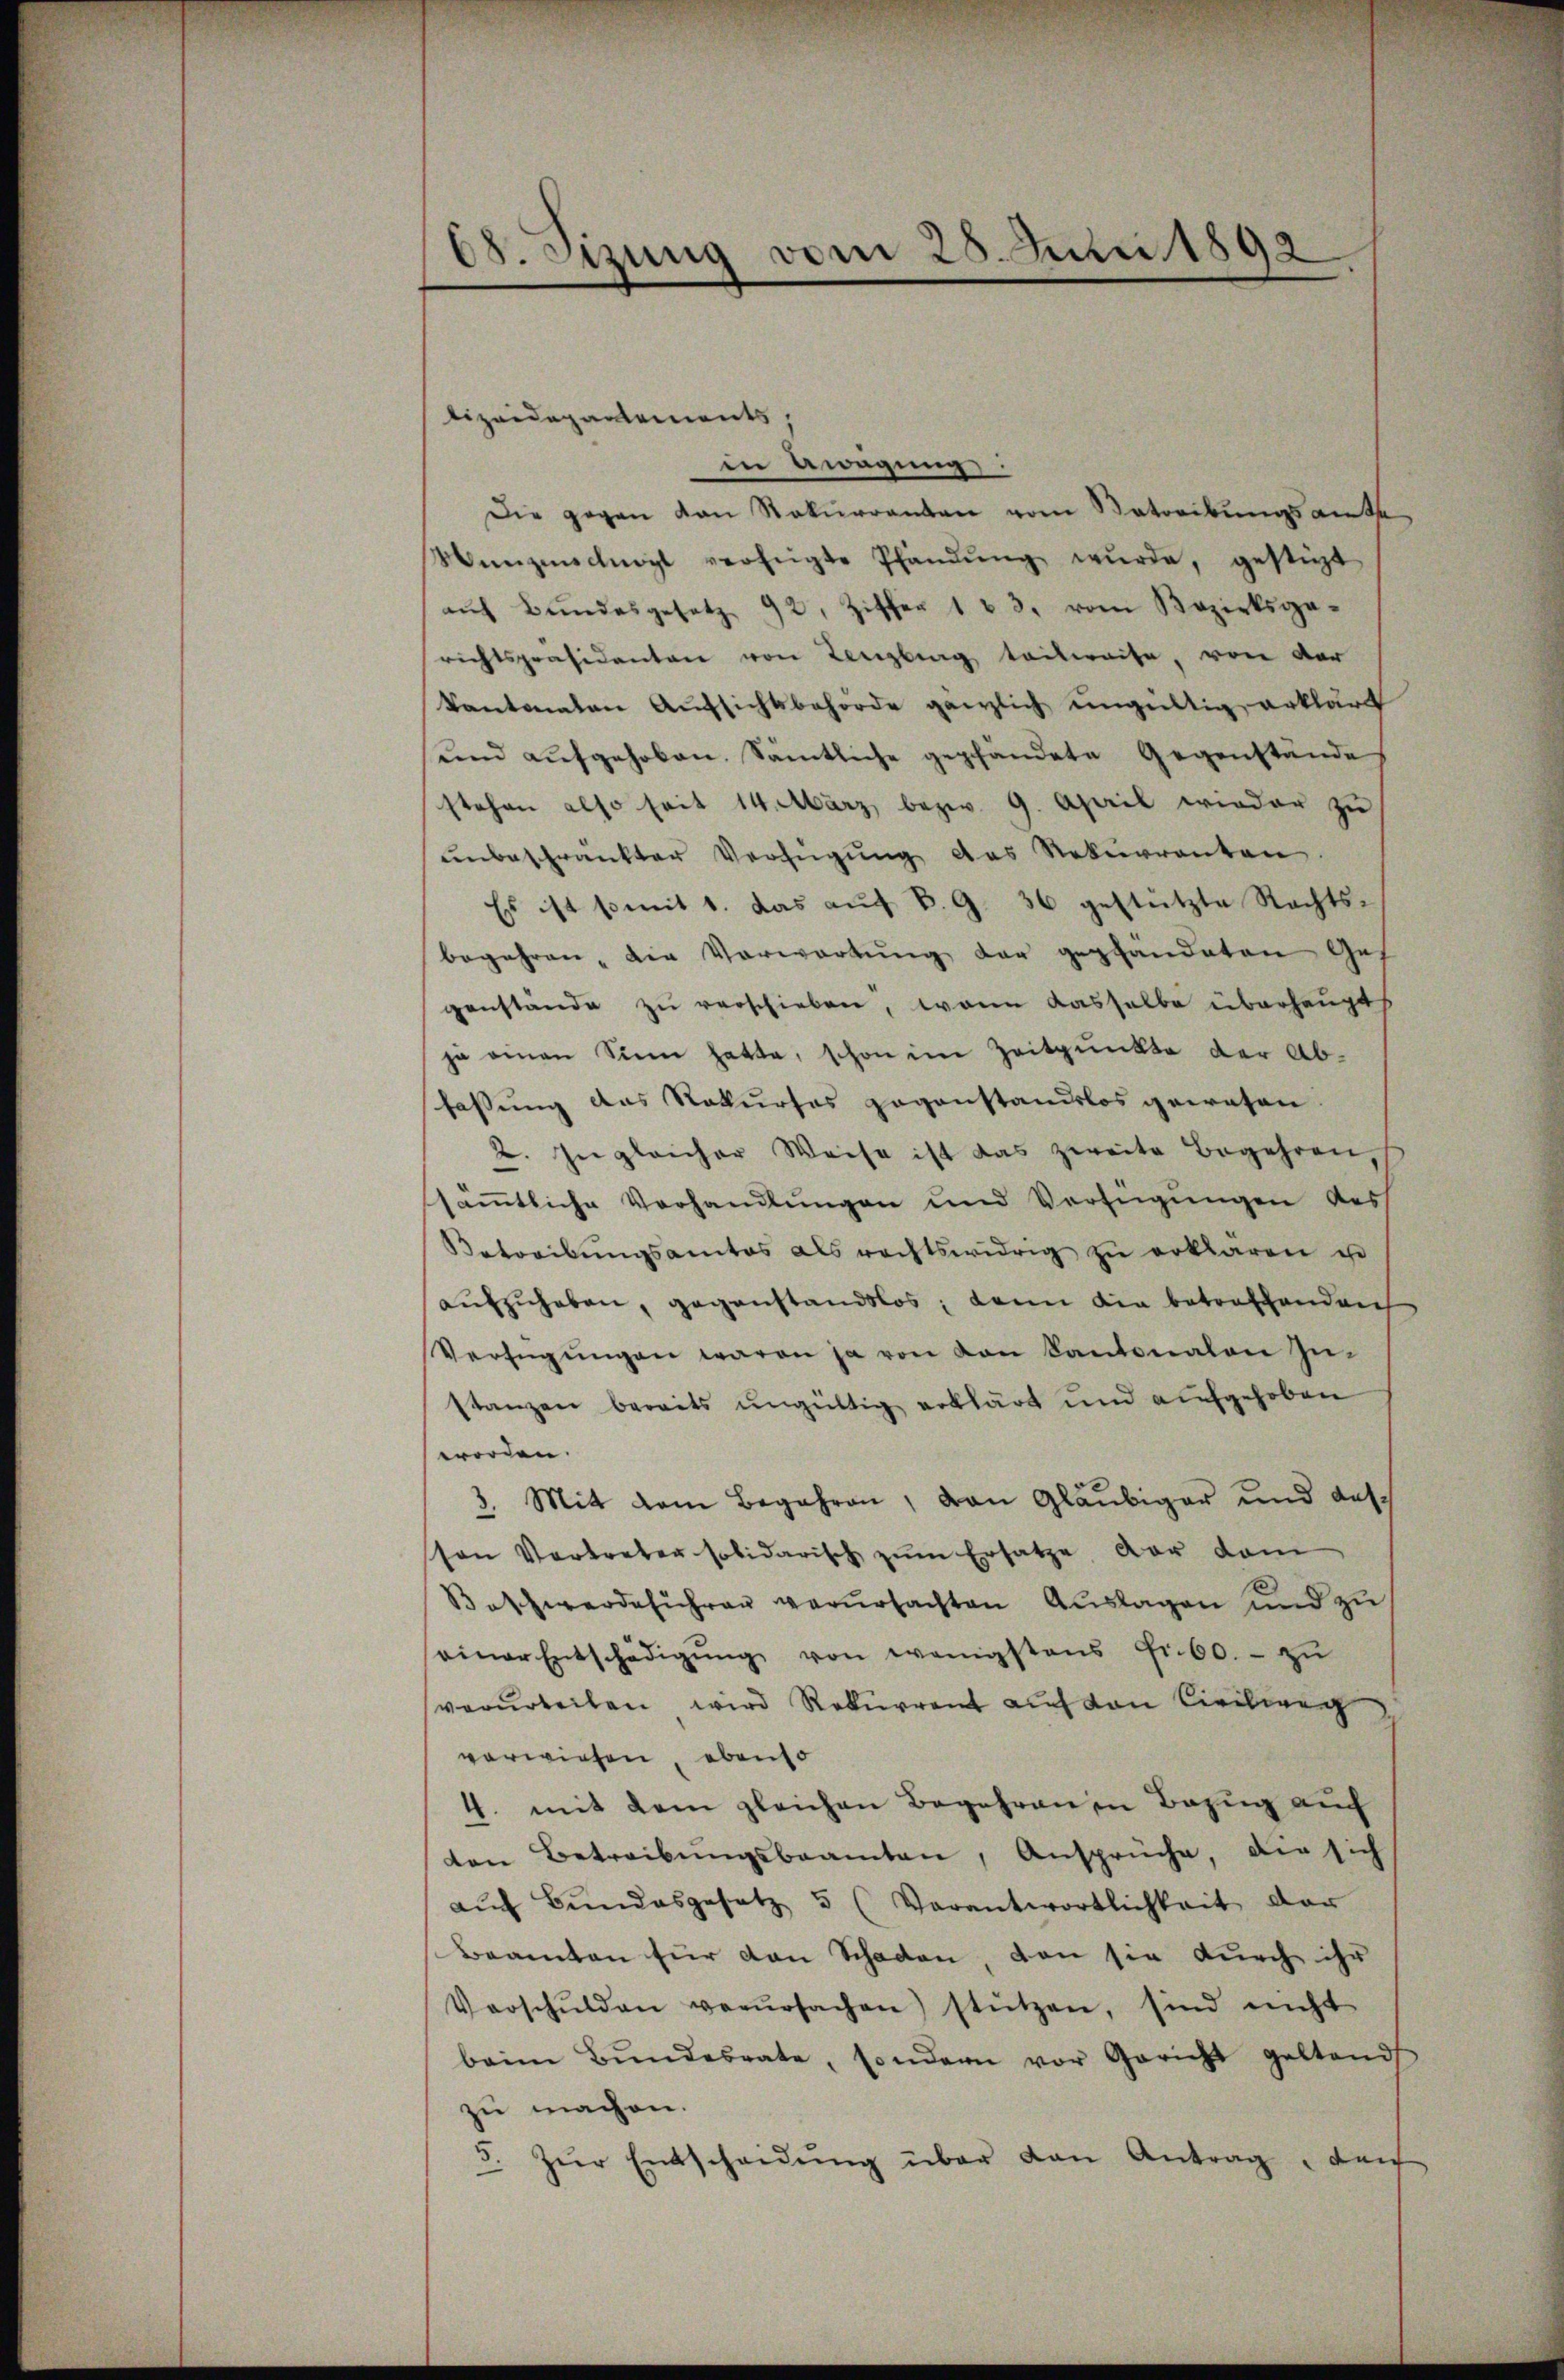
O. etzung vom 25. Juni 1892

lizeidepartements,
in Gwagung
Die gegen von Rekurrenten vom Betreibungsante
Münzenschgl verfügte Pfandŭng wŭrde, gestigt
aŭf Bŭndesgesetz 92, Ziffer 1 23. vom Bezirksge-
richtspräsidenten von Lenzburg teilweise, von der
kantonalen Aufsichtsbehörde gänzlich ungültig erklärt
und aŭfgehoben. Sämtliche gepfändete Gegenstände
stehen also seit 14. März bezw. 9. April wieder zu
ŭnbeschränkter Verfügŭng das Rekurrenten.
Es ist somit 1. das aŭf B. G. 36 gestützte Rechts-
begehren, die Vorwortung der gepfändeten Ges
genstände zu verschieben, wenn dasselbe überhaupt
ja omnen Sie hatte, schon im Zeitpunkte der Abfassung das Rekurses gegenstandslos gewesen.
2. Ingleicher Weise ist das zweite Begehren,
sämtliche Verhandlungen und Verfügungen des
Betreibŭngsamtes als rechtswidrig zŭ erklären u
aŭfzŭheben, gegenstandslos, kann die betreffenden
Verfügŭngen waren ja von von Kantonalen In-
stanzen bereits ungültig erklärt und aufgehoben
worden.
3. Mit dem Begehren, von Gläubiger und auston Vertreten solidarisch zŭm Ersatze vor dam
Beschwerdeführer verŭrsachten Auslagen und zu
einer Entschädigŭng von wenigstens Fr. 60.- zŭ
verurteilen wird Rekurrent auf von Civilweg
vorwiesen, ebenso
4. mit dem gleichen Begehrenen Bezug auch
ten Betreibŭngsbeamten, Ansprüche, die sich
aŭf Bŭndesgesetz 5 (Verantwortlichkeit der
Beamten für den Schaden, von sie durch ihr
Verschŭlden verŭrsachen stützen, sind nicht
beim Bŭndesrate, sondern vor Gericht geltend
zu machen.
5. Zŭr Entscheidŭng über den Antrag der